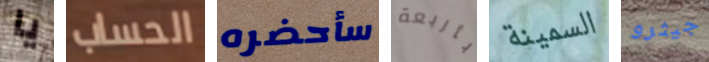
يا الحساب سأحضره بأربعة السمينة جيثرو